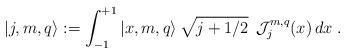
LaTeX: \begin{align*}|j,m,q\rangle := \int_{-1}^{+1} |x,m,q\rangle \,\sqrt{j+1/2}\; \,{\cal J}_j^{m,q}(x) \,dx\;.\end{align*}